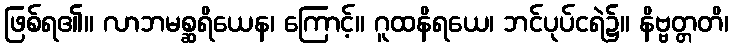
ဖြစ်ရ၏။ လာဘမစ္ဆရိယေန၊ ကြောင့်။ ဂူထနိရယေ၊ ဘင်ပုပ်ငရဲ၌။ နိဗ္ဗတ္တတိ၊